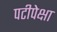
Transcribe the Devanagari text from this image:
पटीपेक्षा